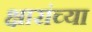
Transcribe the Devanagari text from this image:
क्षारांच्या